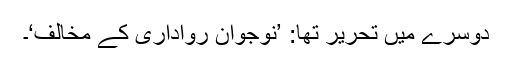
دوسرے میں تحریر تھا: ’نوجوان رواداری کے مخالف‘۔